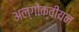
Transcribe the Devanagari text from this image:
अल्गोंक्वीयन